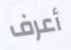
أعرف